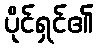
ပိုင်ရှင်၏